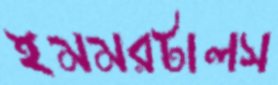
ইমমরটালস